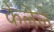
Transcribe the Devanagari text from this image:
केलॆले